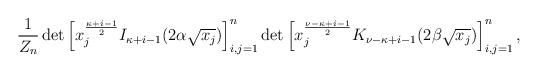
LaTeX: \begin{align*}\frac{1}{Z_n}\det \left[x_j^{\frac{\kappa+i-1}{2}}I_{\kappa+i-1}(2\alpha\sqrt{x_j})\right]_{i,j=1}^n\det\left[x_j^{\frac{\nu-\kappa+i-1}{2}}K_{\nu-\kappa+i-1}(2\beta\sqrt{x_j})\right]_{i,j=1}^n,\end{align*}